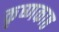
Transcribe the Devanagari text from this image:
कृष्णकाष्ठ